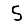
Digit: 5